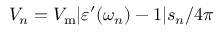
V _ { n } = V _ { \mathrm { m } } | \varepsilon ^ { \prime } ( \omega _ { n } ) - 1 | s _ { n } / 4 \pi